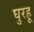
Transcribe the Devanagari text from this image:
घुरहू